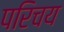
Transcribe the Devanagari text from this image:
परिचय